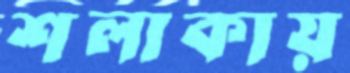
শলাকায়